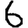
Digit: 6